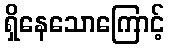
ရှိနေသောကြောင့်